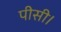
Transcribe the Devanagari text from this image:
पीसी।